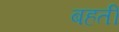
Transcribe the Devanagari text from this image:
बहतीं